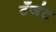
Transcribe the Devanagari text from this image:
टँजंट